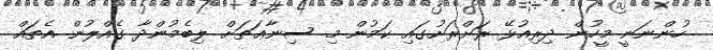
ހުންނަނީ މީހުން ދިރިއުޅޭ ރަށްރަށުގައި ކަމުން މި ސިނާޢަތަށް ލިބެމުންދާ ގެއްލުން އެތައް